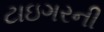
ટાઇગરની